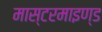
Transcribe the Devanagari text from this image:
मास्टरमाइण्ड